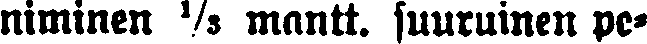
niminen ⅓ mantt. suuruinen pe-